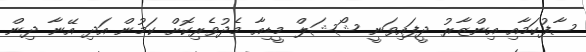
ސާފުކަމާއި އިންޒާރު ދީފައިވަނީ ޝޯޝަލް މީޑިއާ މެދުވެރިކޮށް ކަމުން އަދި އޭނާ ދިން